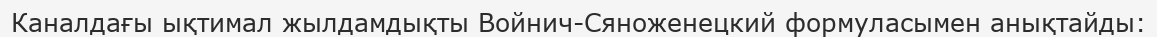
Каналдағы ықтимал жылдамдықты Войнич-Сяноженецкий формуласымен анықтайды: